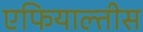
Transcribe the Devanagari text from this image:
एफियाल्तीस